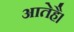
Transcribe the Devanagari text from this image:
आतेहै।